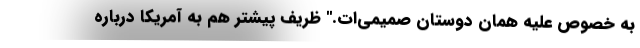
به خصوص علیه همان دوستان صمیمی‌ات.'' ظریف پیشتر هم به آمریکا درباره